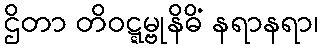
ဌိတာ တိဝဋ္ဋမ္ဗုနိဓိံ နရာနရာ၊